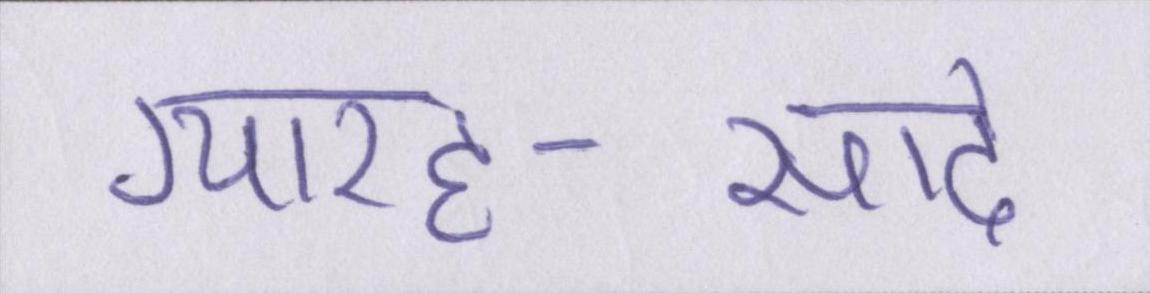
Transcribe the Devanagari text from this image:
ग्यारह-साढे